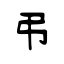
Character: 弔